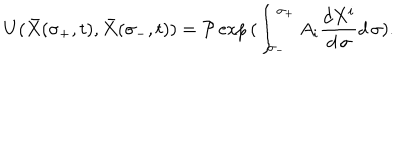
U ( { \bar { X } } ( \sigma _ { + } , t ) , { \bar { X } } ( \sigma _ { - } , t ) ) = { \cal P } \exp { ( \int _ { \sigma _ { - } } ^ { \sigma _ { + } } A _ { i } { \frac { d X ^ { i } } { d \, \sigma } } d \, \sigma ) } .